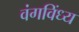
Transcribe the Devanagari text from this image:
वंगविंध्य